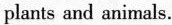
plants and animals.